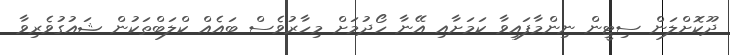
ދޫކޮށްލަން ސިޓީން ނިންމާފައިވާ ކަމަށާއި އޭނާ ހޯދުމަށް މިހާރުވެސް ބައެއް ކްލަބްތަކުން ޝައުގުވެރިވާ